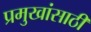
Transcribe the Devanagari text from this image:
प्रमुखांसाठी